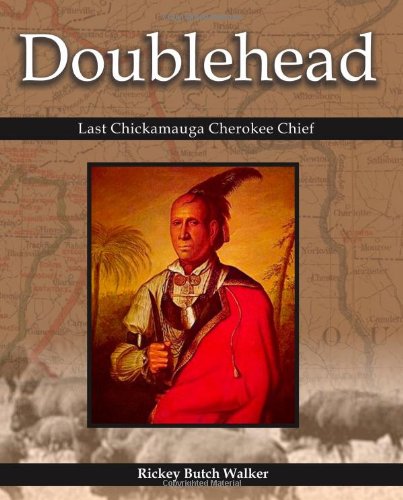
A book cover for Doublehead Last Chickamauga Cherokee Chief; Rickey Butch Walker; Biographies & Memoirs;